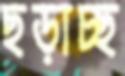
ছড়াচ্ছ